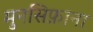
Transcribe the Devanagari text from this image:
मुनसिफ़ाना